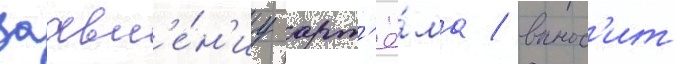
заавл'е́н'иу арт'ё́ма / вынос'ит